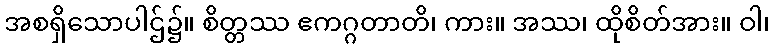
အစရှိသောပါဌ်၌။ စိတ္တဿ ဧကဂ္ဂတာတိ၊ ကား။ အဿ၊ ထိုစိတ်အား။ ဝါ၊